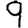
Digit: 9